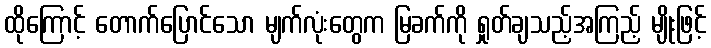
ထိုကြောင့် တောက်ပြောင်သော မျက်လုံးတွေက မြခက်ကို ရှုတ်ချသည့်အကြည့် မျိုးဖြင့်